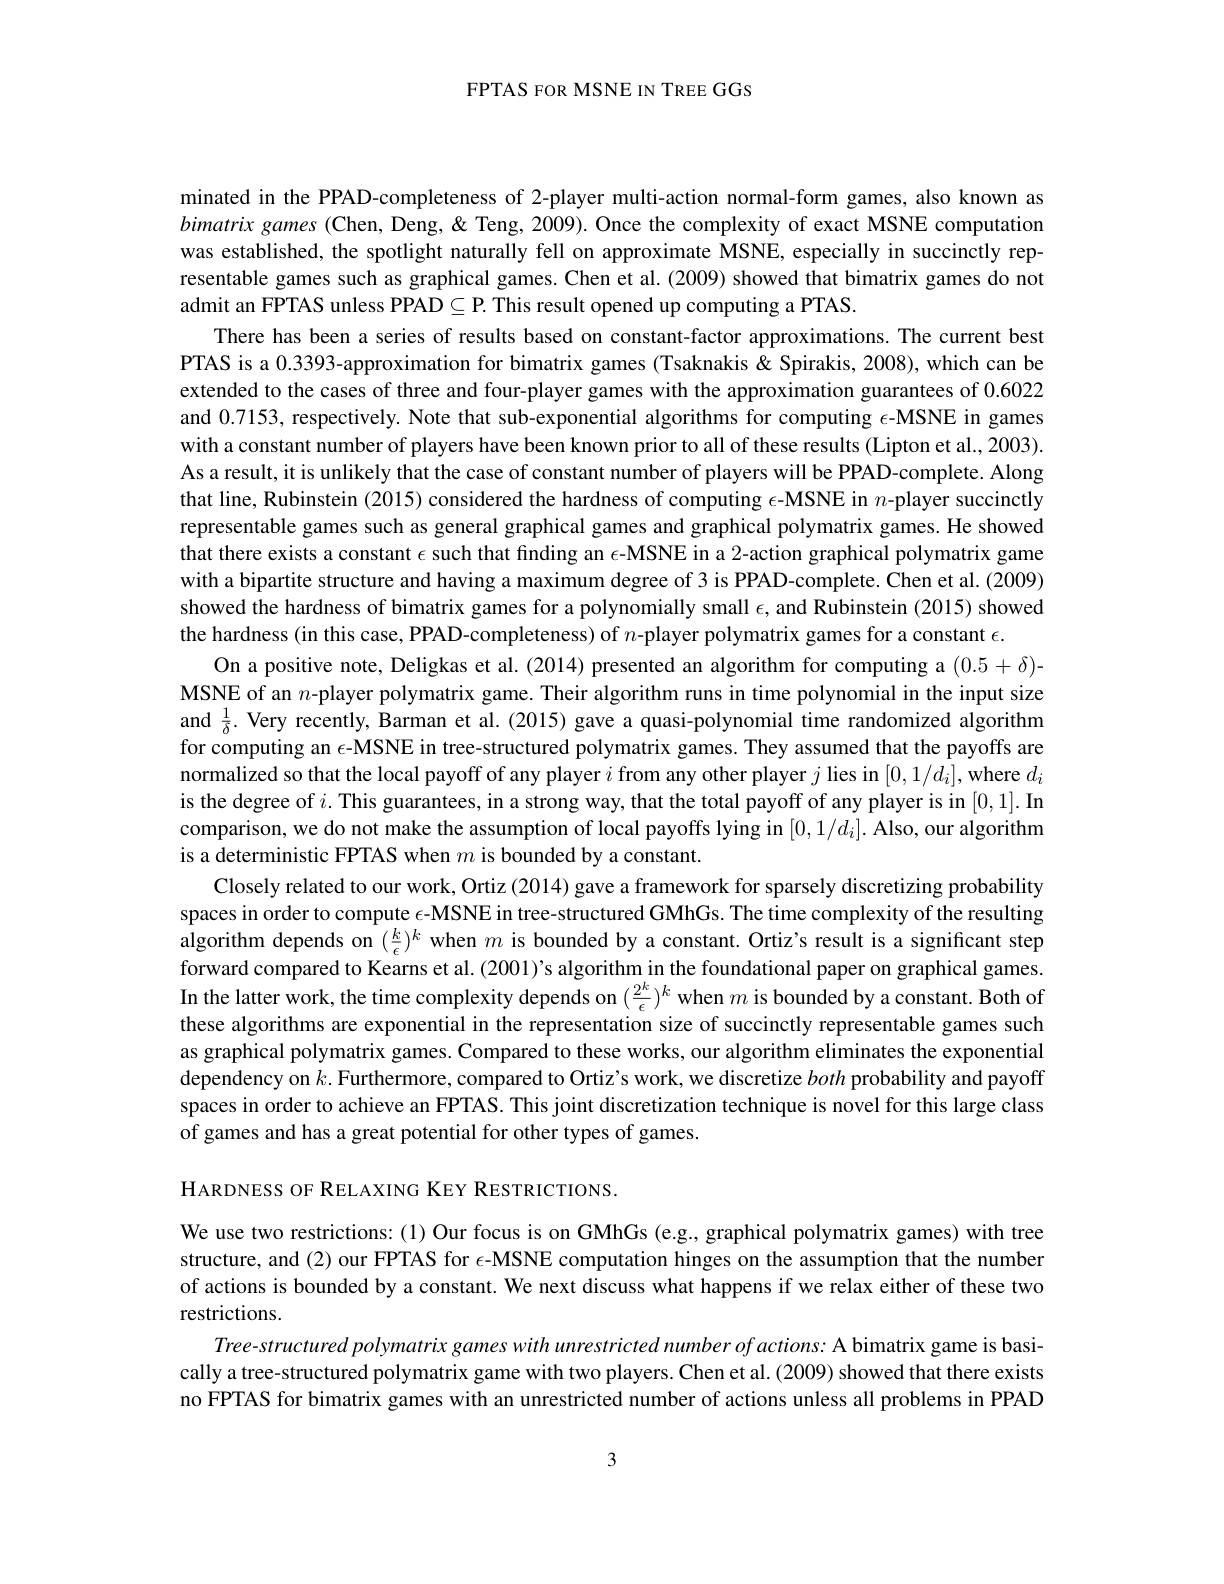
FPTAS FOR MSNE IN TREE GGS

minated in the PPAD-completeness of 2-player multi-action normal-form games, also known as bimatrix games (Chen, Deng, & Teng, 2009). Once the complexity of exact MSNE computation was established, the spotlight naturally fell on approximate MSNE, especially in succinctly representable games such as graphical games. Chen et al. (2009) showed that bimatrix games do not admit an FPTAS unless PPAD$\subseteq$P. This result opened up computing a PTAS.
There has been a series of results based on constant-factor approximations. The current best PTAS is a 0.3393-approximation for bimatrix games (Tsaknakis & Spirakis, 2008), which can be extended to the cases of three and four-player games with the approximation guarantees of 0.6022 and 0.7153, respectively. Note that sub-exponential algorithms for computing $\epsilon$-MSNE in games with a constant number of players have been known prior to all of these results (Lipton et al., 2003). As a result, it is unlikely that the case of constant number of players will be PPAD-complete. Along that line, Rubinstein (2015) considered the hardness of computing $\epsilon$-MSNE in $n$-player succinctly representable games such as general graphical games and graphical polymatrix games. He showed that there exists a constant $\epsilon$ such that finding an $\epsilon$-MSNE in a 2-action graphical polymatrix game with a bipartite structure and having a maximum degree of 3 is PPAD-complete. Chen et al.(2009) showed the hardness of bimatrix games for a polynomially small $\epsilon$, and Rubinstein (2015) showed the hardness (in this case, PPAD-completeness) of $n$-player polymatrix games for a constant $\epsilon.$
On a positive note, Deligkas et al. (2014) presented an algorithm for computing a (0.5+δ)- MSNE of an $n$-player polymatrix game. Their algorithm runs in time polynomial in the input size and $\frac1\delta.$ Very recently, Barman et al. (2015) gave a quasi-polynomial time randomized algorithm for computing an $\epsilon$-MSNE in tree-structured polymatrix games. They assumed that the payoffs are normalized so that the local payoff of any player $i$ from any other player $j$ lies in $[0,1/d_i]$,where $d_i$ is the degree of $i.$ This guarantees, in a strong way, that the total payoff of any player is in [0,1]. In comparison, we do not make the assumption of local payoffs lying in $[0,1/d_i].$ Also, our algorithm is a deterministic FPTAS when $m$ is bounded by a constant.
Closely related to our work, Ortiz (2014) gave a framework for sparsely discretizing probability spaces in order to compute $\epsilon$-MSNE in tree-structured GMhGs. The time complexity of the resulting algorithm depends on $(\frac k\epsilon)^k$ when $m$ is bounded by a constant. Ortiz's result is a significant step forward compared to Kearns et al. (2001)'s algorithm in the foundational paper on graphical games. In the latter work, the time complexity depends on $(\frac{2^k}\epsilon)^k$ when $m$ is bounded by a constant. Both of these algorithms are exponential in the representation size of succinctly representable games such as graphical polymatrix games. Compared to these works, our algorithm eliminates the exponential dependency on $k.$ Furthermore, compared to Ortiz's work, we discretize both probability and payoff spaces in order to achieve an FPTAS. This joint discretization technique is novel for this large class of games and has a great potential for other types of games
HARDNESS OF RELAXING KEY RESTRICTIONS.

We use two restrictions:(1) Our focus is on GMhGs (e.g., graphical polymatrix games) with tree structure, and (2) our FPTAS for $\epsilon$-MSNE computation hinges on the assumption that the number of actions is bounded by a constant. We next discuss what happens if we relax either of these two restrictions.
$Tree- structuredpolymatrix$ games with unrestricted number $of$ $actions:$ A bimatrix game is basically a tree-structured polymatrix game with two players. Chen et al. (2009) showed that there exists no FPTAS for bimatrix games with an unrestricted number of actions unless all problems in PPAD

3